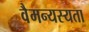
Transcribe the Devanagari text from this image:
वैमन्यस्यता